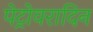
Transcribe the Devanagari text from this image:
पेट्रोवरादिन